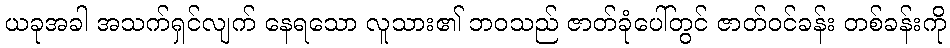
ယခုအခါ အသက်ရှင်လျက် နေရသော လူသား၏ ဘဝသည် ဇာတ်ခုံပေါ်တွင် ဇာတ်ဝင်ခန်း တစ်ခန်းကို